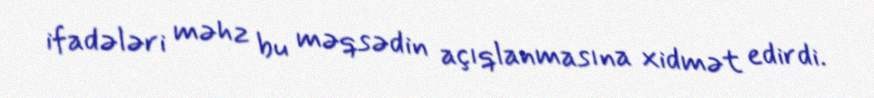
ifadələri məhz bu məqsədin açıqlanmasına xidmət edirdi.